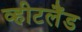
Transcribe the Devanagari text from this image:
व्हीटलैंड